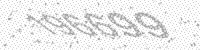
Solution: 196699